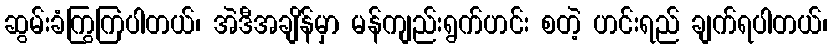
ဆွမ်းခံကြွကြပါတယ်၊ အဲဒီအချိန်မှာ မန်ကျည်းရွက်ဟင်း စတဲ့ ဟင်းရည် ချက်ရပါတယ်၊